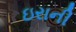
ઇરાની